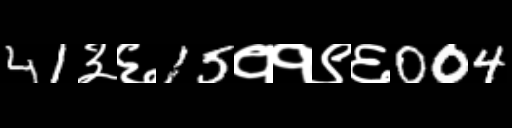
Text: 41३६15११९६004